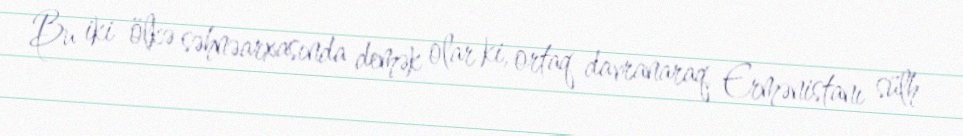
Bu iki ölkə səhnəarxasında demək olar ki, ortaq davranaraq, Ermənistanı sülh